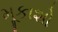
મૂકાશો